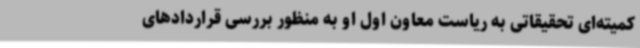
کمیته‌ای تحقیقاتی به ریاست معاون اول او به منظور بررسی قراردادهای